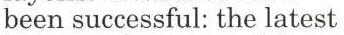
been successful: the latest